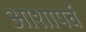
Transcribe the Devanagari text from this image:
आशापर्व